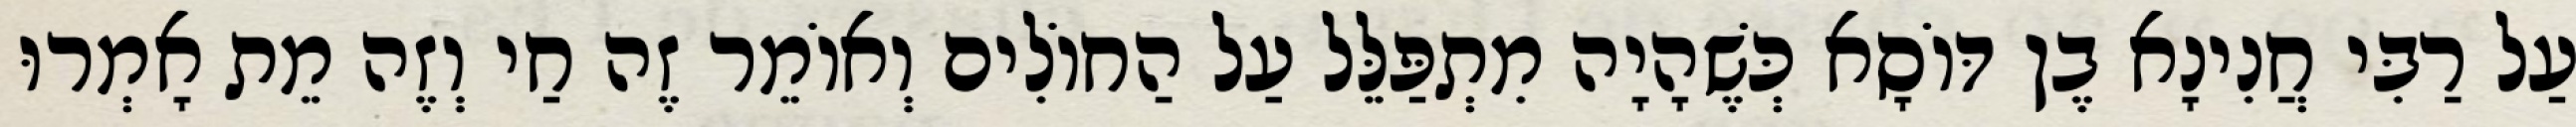
עַל רַבִּי חֲנִינָא בֶן דּוֹסָא כְּשֶׁהָיָה מִתְפַּלֵּל עַל הַחוֹלִים וְאוֹמֵר זֶה חַי וְזֶה מֵת אָמְרוּ